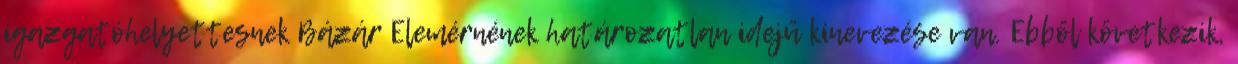
igazgatóhelyettesnek Bázár Elemérnének határozatlan idejű kinevezése van. Ebből következik,